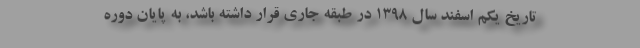
تاریخ یکم اسفند سال ۱۳۹۸ در طبقه جاری قرار داشته باشد، به پایان دوره